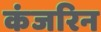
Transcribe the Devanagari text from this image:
कंजरिन